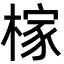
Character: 榢